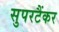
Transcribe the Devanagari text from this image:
सुपरटैंकर